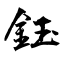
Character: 鈺